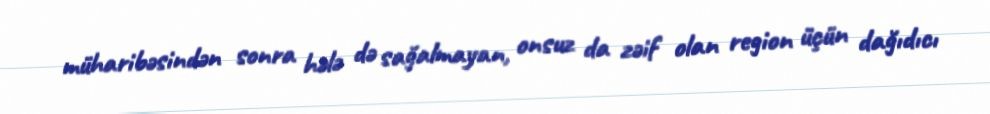
müharibəsindən sonra hələ də sağalmayan, onsuz da zəif olan region üçün dağıdıcı